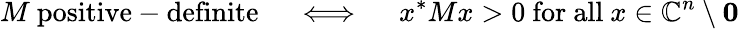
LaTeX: M{\mathrm{~positive-definite}}\quad\iff\quad x^{*}Mx>0{\mathrm{~for~all~}}x\in\mathbb{C}^{n}\setminus\mathbf{0}